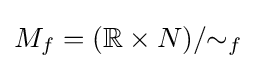
M_{f}=(\mathbb {R} \times N)/{\sim _{f}}